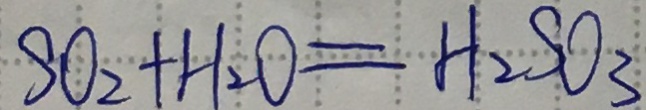
S O _ { 2 } + H _ { 2 } O = H _ { 2 } S O _ { 3 }